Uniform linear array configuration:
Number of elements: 8
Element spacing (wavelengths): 0.75
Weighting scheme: kaiser
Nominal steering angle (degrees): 15
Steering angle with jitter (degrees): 13.372
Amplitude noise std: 0.05
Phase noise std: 0.05

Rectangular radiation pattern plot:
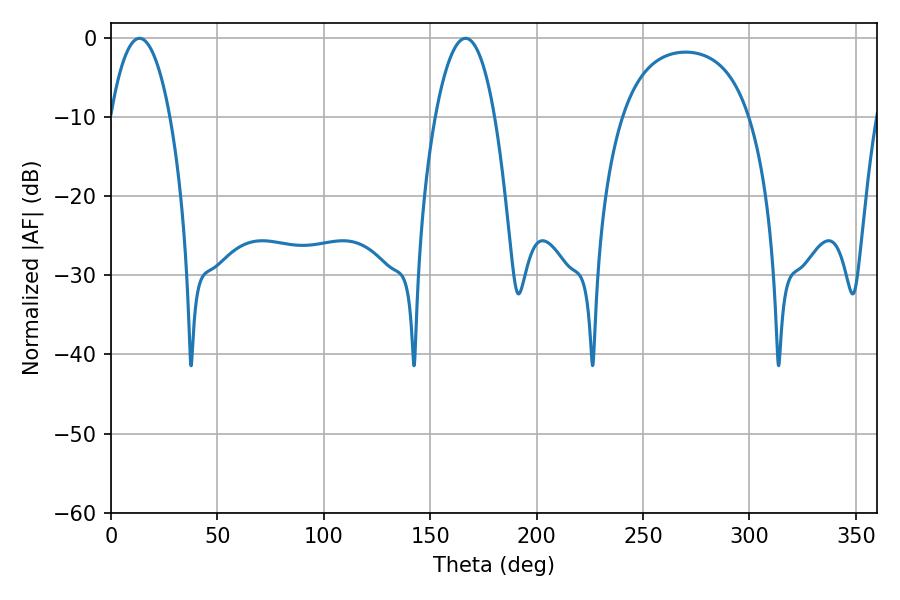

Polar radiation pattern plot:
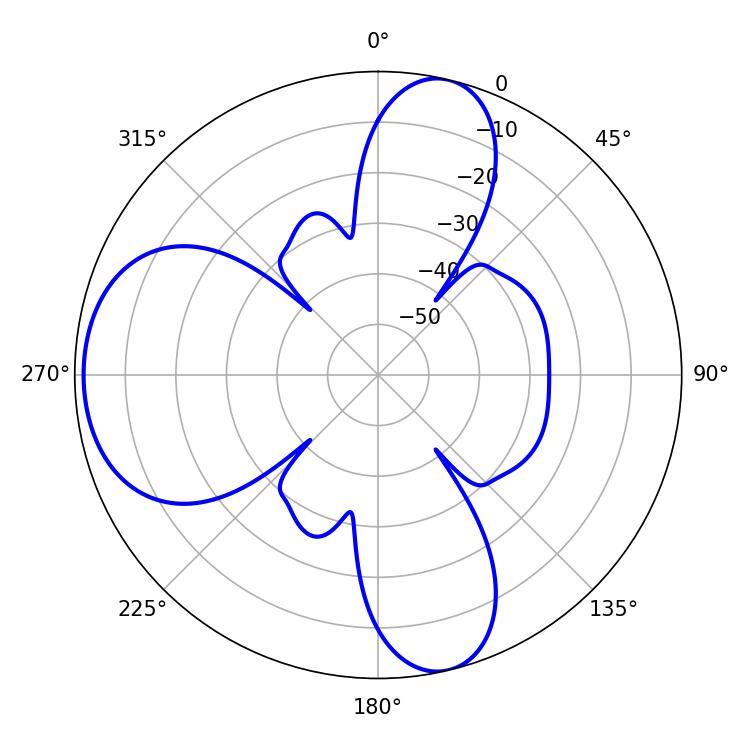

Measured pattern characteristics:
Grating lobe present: TRUE
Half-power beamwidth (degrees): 15.48
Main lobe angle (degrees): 13.32